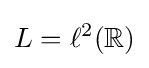
L=\ell ^{2}(\mathbb {R} )